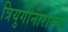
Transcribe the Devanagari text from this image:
त्रियुगीनारायण